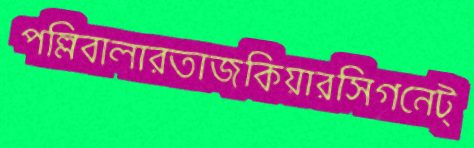
পল্লিবালারতাজকিয়ারসিগনেট্